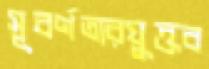
সূবর্ণতারযুক্তব